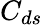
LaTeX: C_{ds}